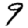
Digit: 9